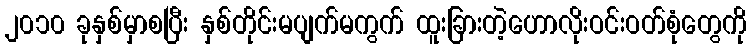
၂၀၁၀ ခုနှစ်မှာစပြီး နှစ်တိုင်းမပျက်မကွက် ထူးခြားတဲ့ဟောလိုးဝင်းဝတ်စုံတွေကို